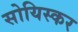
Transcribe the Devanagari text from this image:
सोयिस्कर